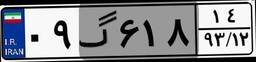
۱۸گ۸۰۴۶۹